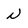
Character: n